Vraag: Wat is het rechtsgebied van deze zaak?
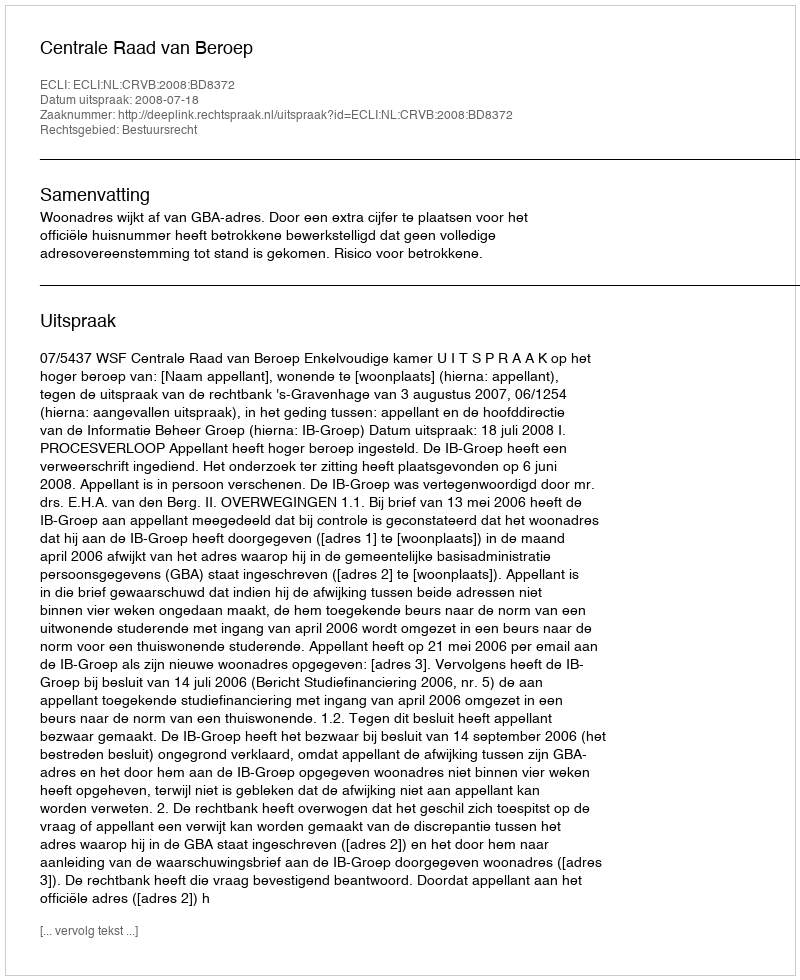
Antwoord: Bestuursrecht